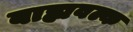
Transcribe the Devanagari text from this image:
बाह्यवल्क